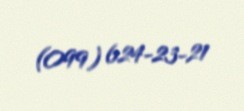
(099) 624-23-21